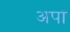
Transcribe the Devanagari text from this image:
अपां